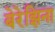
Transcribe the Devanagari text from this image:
बेरेझिना